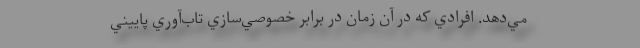
مي‌دهد. افرادي كه در آن زمان در برابر خصوصي‌سازي تاب‌آوري پاييني